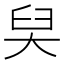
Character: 𡘑